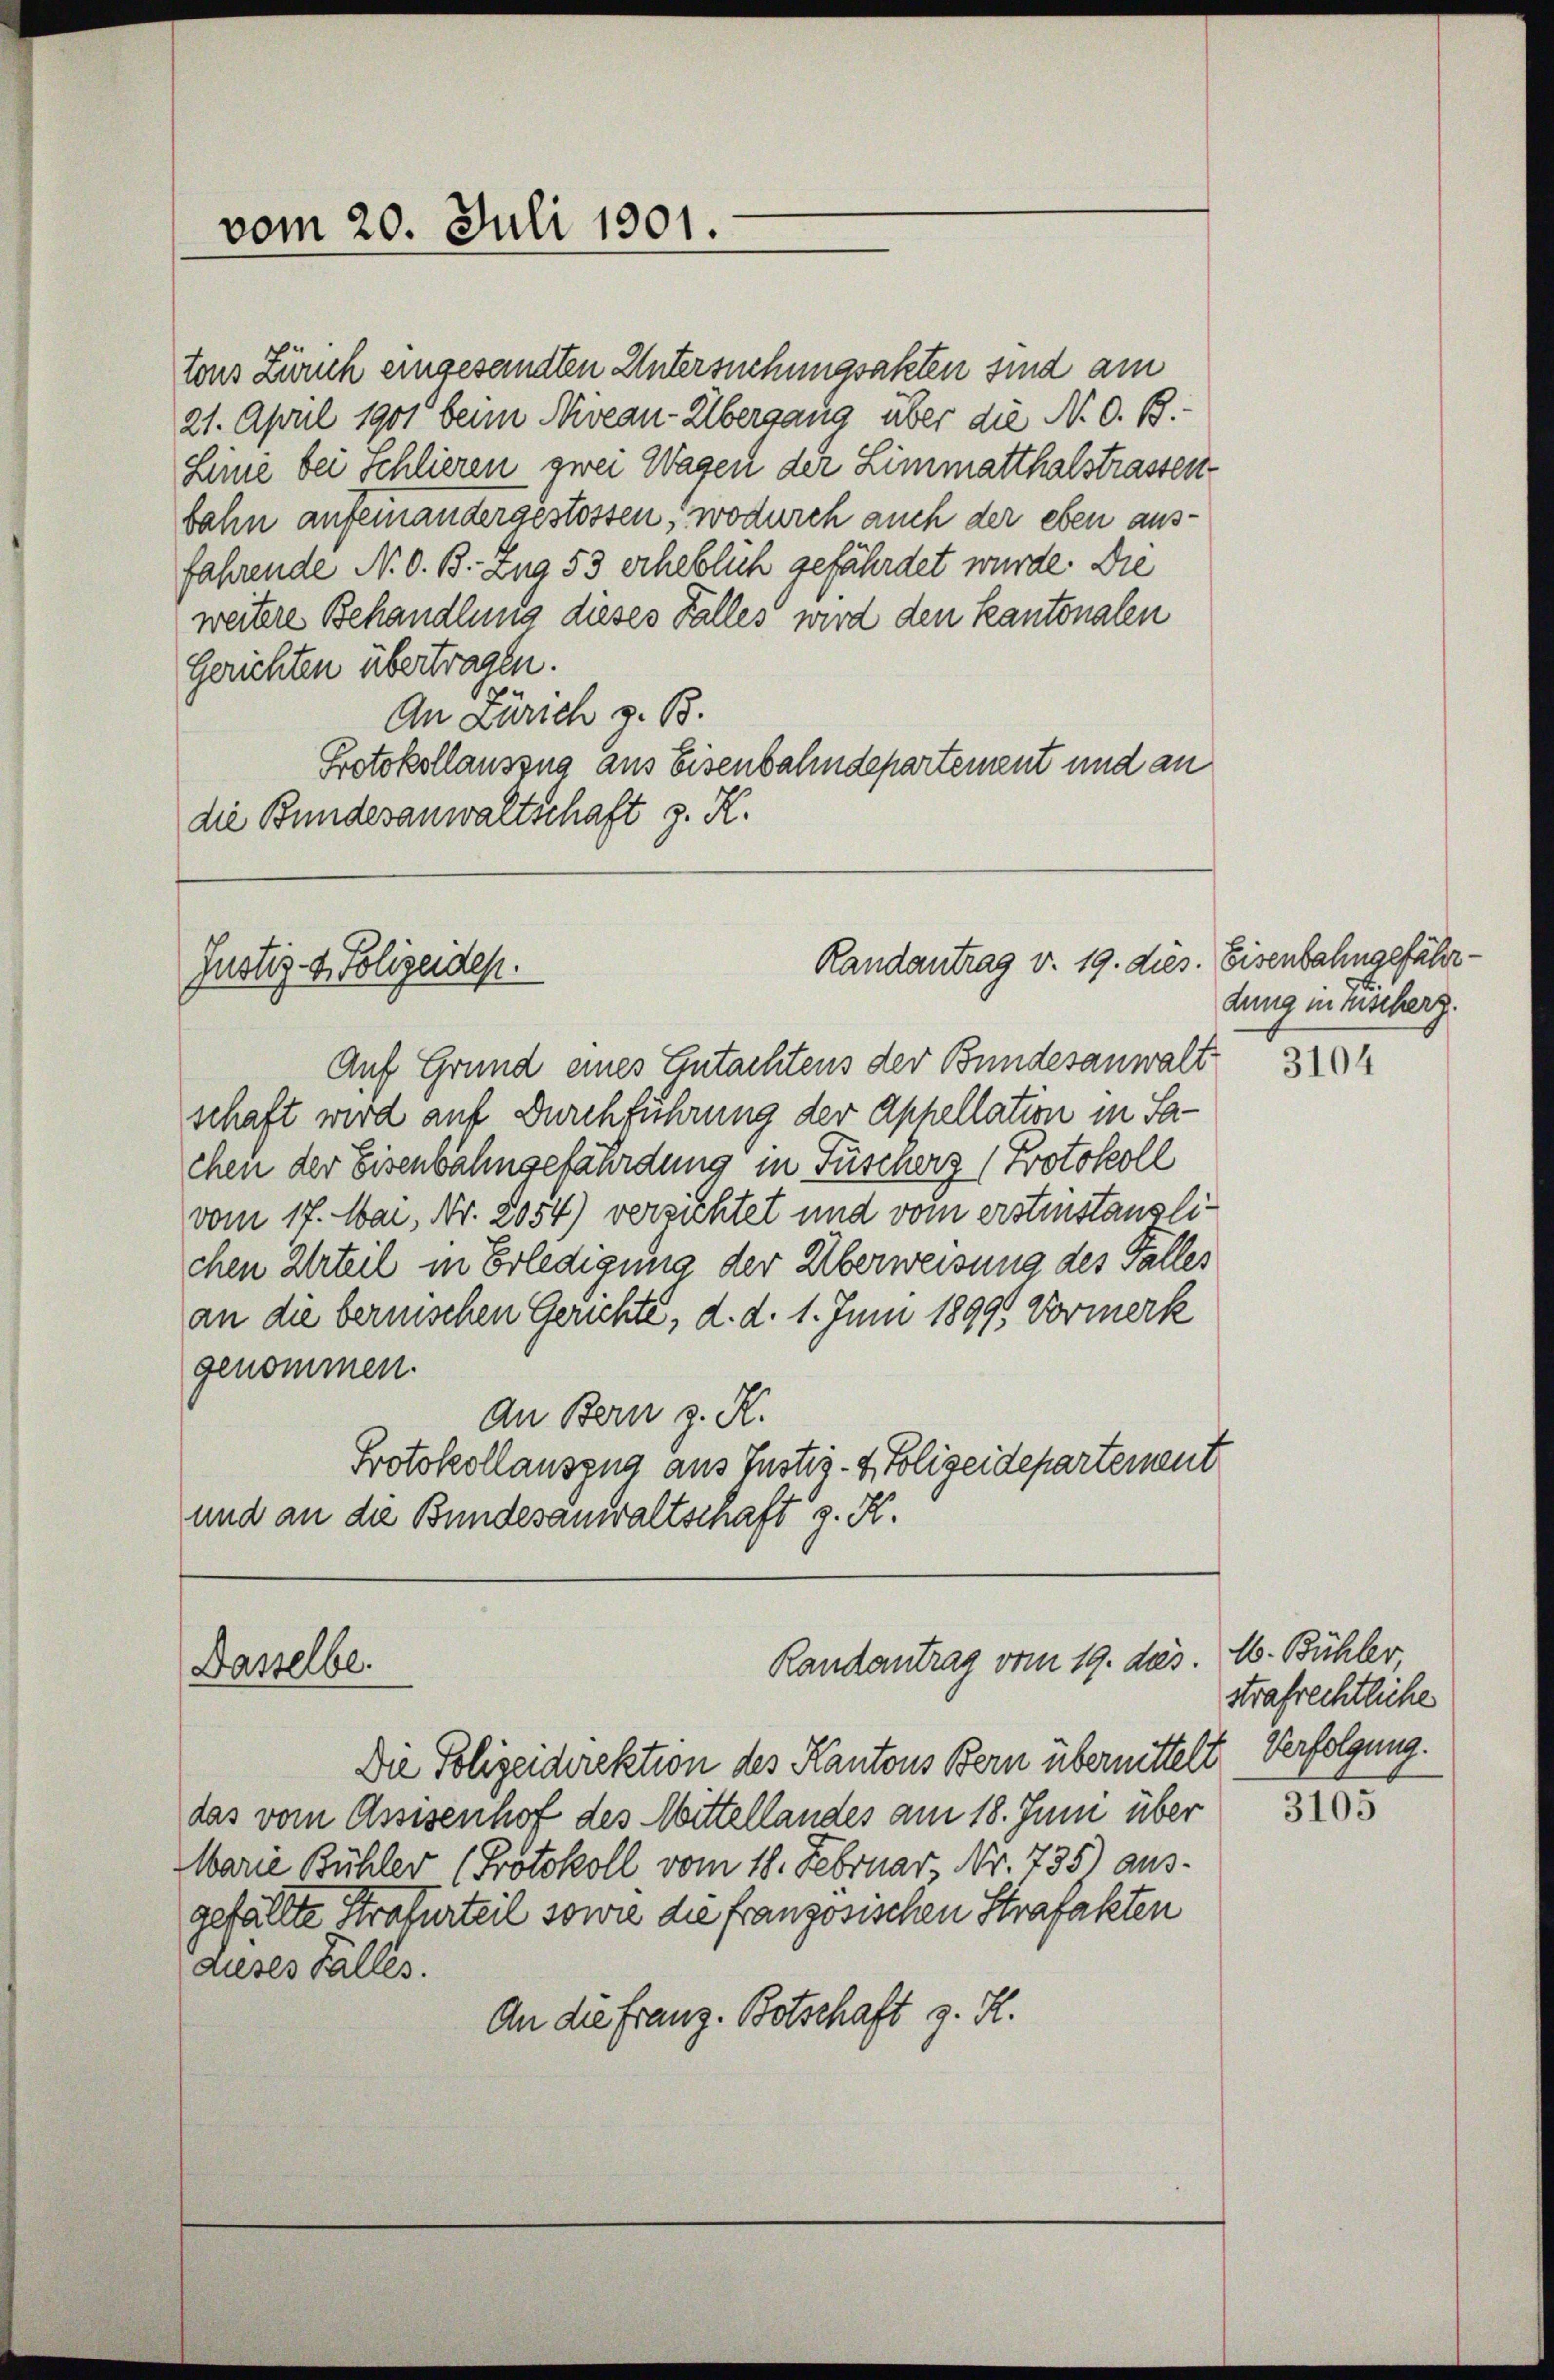
tons Zürich eingesandten Untersuchungsakten sind am
21. April 1901 beim Niveau-Übergang über die N. O. B.
Linie bei Schlieren zwei Wagen der Limmatthalstrassenbahn aufeinandergestossen, wodurch auch der eben aus-
fahrende N. O. B. Zug 53 erheblich gefährdet wurde. Die
weitere Behandlung dieses Falles wird den Kantonalen
Gerichten übertragen.
An Zürich z. B.
Protokollauszug aus Eisenbahndepartement und an
die Bundesanwaltschaft z. K.

vom 20. Juli 1901.

Justiz- & Polizeiden.

Auf Grund eines Gutachtens der Bundesanwalt
schaft wird auf Durchführung der Appellation in Sachen der Eisenbahngefährdung in Fuscher (Protokoll
vom 17. Mai, Nr. 2054) versichtet und vom erstinstanzlichen Urteil in Erledigung der Überweisung des Falles
an die bernischen Gerichte, d. d. 1. Juni 18991 Vormerk
genommen.
An Bern z. K.
Protokollauszug aus Justiz- & Polizeidepartement
und an die Bundesanwaltschaft z. K.

Randantrag v. 19. dies. Eisenbahngefähr.

Randantrag vom 19. das. M. Bühler
Dasselbe.

Die Polizeidirektion des Kantons Bern übermittelt. Verfolgung.
das vom Assisenhof des Mittellandes am 18. Juni über
Marie Bühler (Protokoll vom 18. Februar, Nr. 735) aus-
gefällte Strafurteil sowie die französischen Strafakten
auses Falles.
An die Franz. Botschaft z. H.

dung minischerz.

3104

strafrechtliche

3105